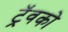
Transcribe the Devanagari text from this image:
ट्रॅवको